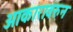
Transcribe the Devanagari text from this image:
आकारावरुन